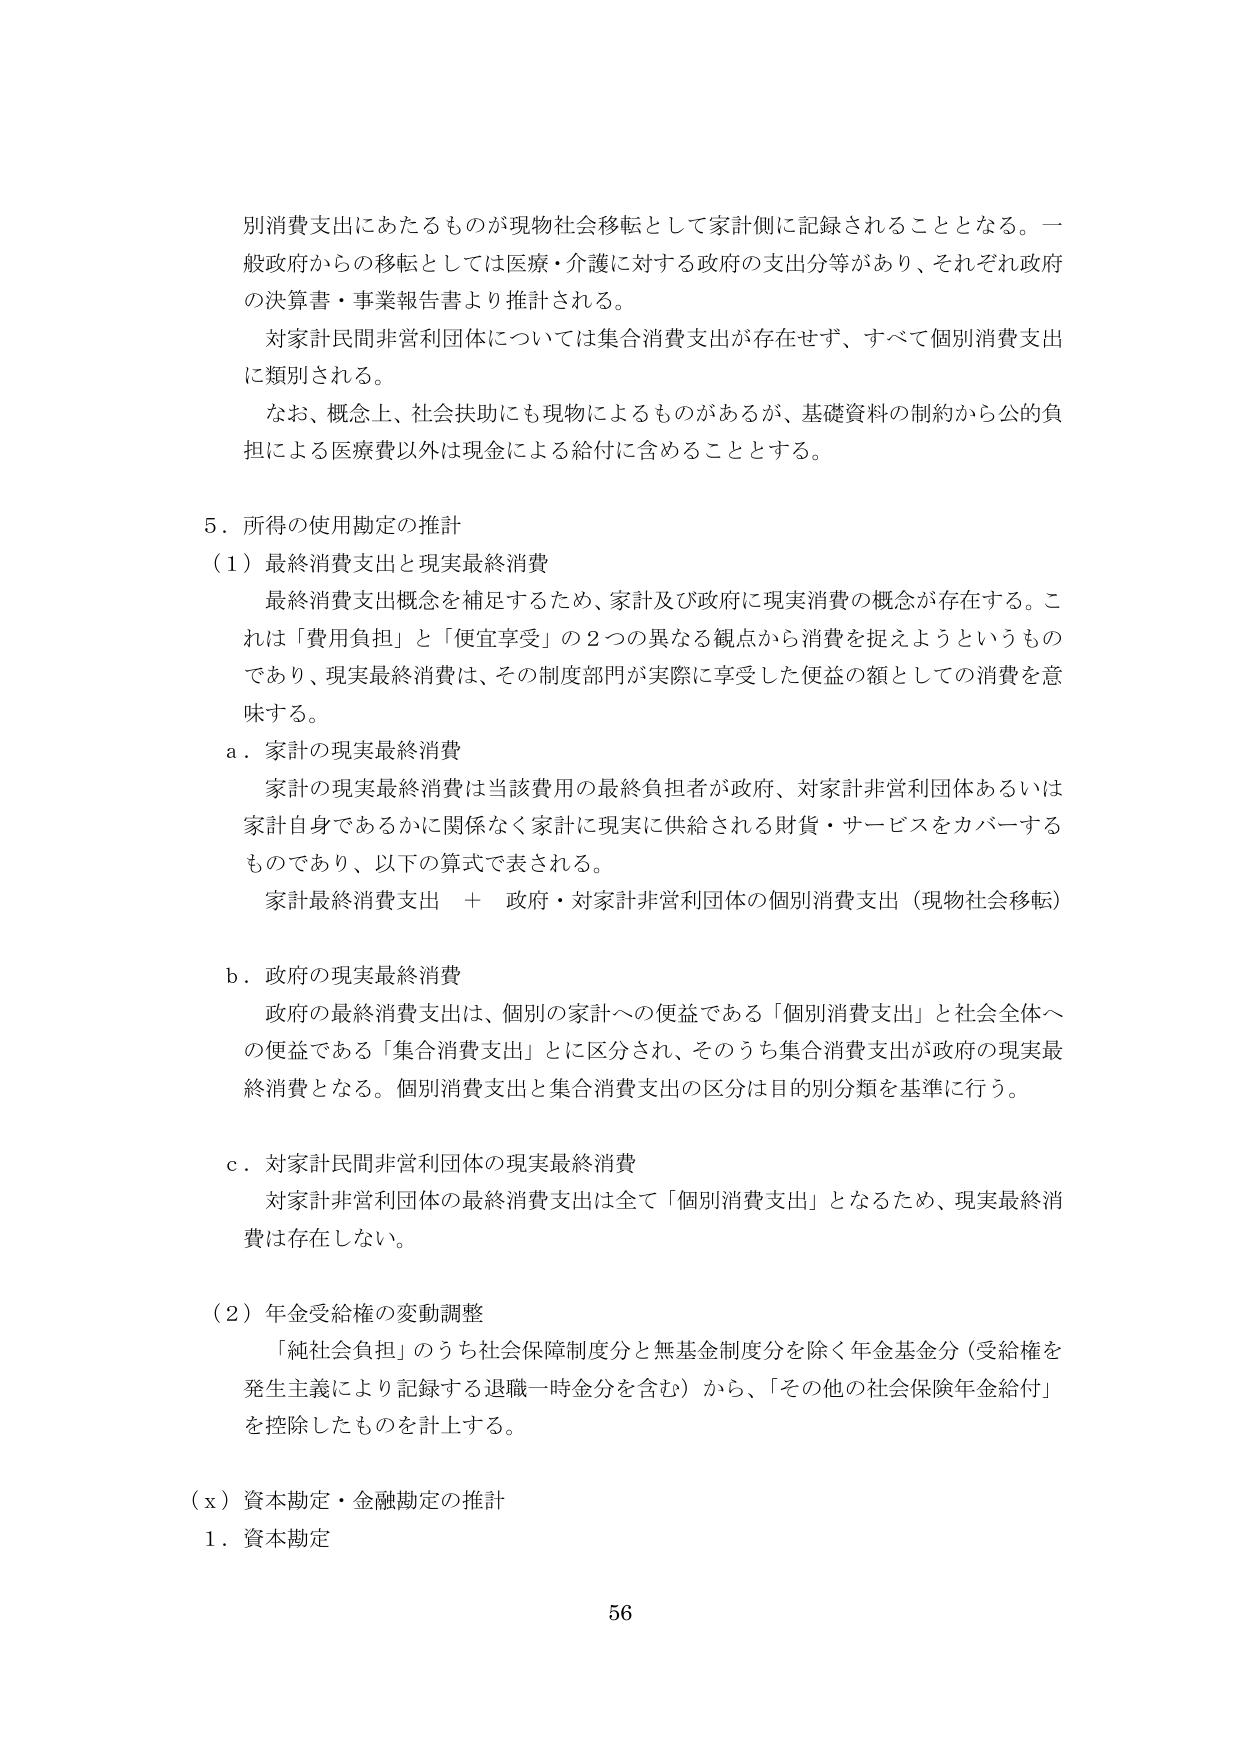
別消費支出にあたるものが現物社会移転として家計側に記録されることとなる。一般政府からの移転としては医療・介護に対する政府の支出分等があり、それぞれ政府の決算書・事業報告書より推計される。

対家計民間非営利団体については集合消費支出が存在せず、すべて個別消費支出に類別される。

なお、概念上、社会扶助にも現物によるものがあるが、基礎資料の制約から公的負担による医療費以外は現金による給付に含めることとする。

５．所得の使用勘定の推計

（１）最終消費支出と現実最終消費

最終消費支出概念を補足するため、家計及び政府に現実消費の概念が存在する。これは「費用負担」と「便宜享受」の２つの異なる観点から消費を捉えようというものであり、現実最終消費は、その制度部門が実際に享受した便益の額としての消費を意味する。

ａ．家計の現実最終消費

家計の現実最終消費は当該費用の最終負担者が政府、対家計非営利団体あるいは家計自身であるかに関係なく家計に現実に供給される財貨・サービスをカバーするものであり、以下の算式で表される。

家計最終消費支出　＋　政府・対家計非営利団体の個別消費支出（現物社会移転）

ｂ．政府の現実最終消費

政府の最終消費支出は、個別の家計への便益である「個別消費支出」と社会全体への便益である「集合消費支出」とに区分され、そのうち集合消費支出が政府の現実最終消費となる。個別消費支出と集合消費支出の区分は目的別分類を基準に行う。

ｃ．対家計民間非営利団体の現実最終消費

対家計非営利団体の最終消費支出は全て「個別消費支出」となるため、現実最終消費は存在しない。

（２）年金受給権の変動調整

「純社会負担」のうち社会保障制度分と無基金制度分を除く年金基金分（受給権を発生主義により記録する退職一時金分を含む）から、「その他の社会保険年金給付」を控除したものを計上する。

（ｘ）資本勘定・金融勘定の推計

１．資本勘定

56